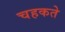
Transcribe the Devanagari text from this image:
चहकते